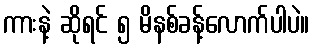
ကားနဲ့ ဆိုရင် ၅ မိနစ်ခန့်လောက်ပါပဲ။